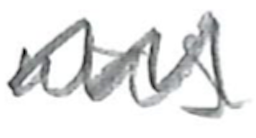
Text: was
Cross-out: zig-zag
Writing tool: pencil